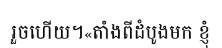
រួចហើយ។«តាំងពីដំបូងមក ខ្ញុំ